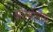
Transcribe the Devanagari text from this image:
ओस्त्रोगोथ